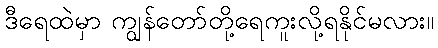
ဒီရေထဲမှာ ကျွန်တော်တို့ရေကူးလို့ရနိုင်မလား။